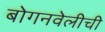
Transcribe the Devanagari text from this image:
बोगनवेलीची